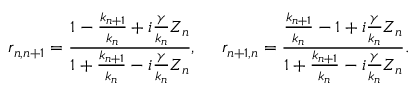
r _ { n , n + 1 } = \frac { 1 - \frac { k _ { n + 1 } } { k _ { n } } + i \frac { \gamma } { k _ { n } } Z _ { n } } { 1 + \frac { k _ { n + 1 } } { k _ { n } } - i \frac { \gamma } { k _ { n } } Z _ { n } } , \ \ \ \ r _ { n + 1 , n } = \frac { \frac { k _ { n + 1 } } { k _ { n } } - 1 + i \frac { \gamma } { k _ { n } } Z _ { n } } { 1 + \frac { k _ { n + 1 } } { k _ { n } } - i \frac { \gamma } { k _ { n } } Z _ { n } } .